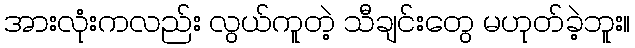
အားလုံးကလည်း လွယ်ကူတဲ့ သီချင်းတွေ မဟုတ်ခဲ့ဘူး။